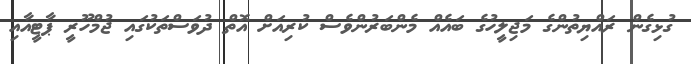
ގުޅިގެން ރައްޔިތުންގެ މަޖިލީހުގެ ބައެއް މެންބަރުންވެސް ކުރިއަށް އޮތް ދުވަސްތަކުގައި ޖުމްހޫރީ ޕާޓީއާއި